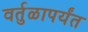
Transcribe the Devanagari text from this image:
वर्तुळापर्यंत